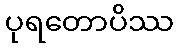
ပုရတောပိဿ